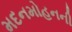
મદનમોહનની